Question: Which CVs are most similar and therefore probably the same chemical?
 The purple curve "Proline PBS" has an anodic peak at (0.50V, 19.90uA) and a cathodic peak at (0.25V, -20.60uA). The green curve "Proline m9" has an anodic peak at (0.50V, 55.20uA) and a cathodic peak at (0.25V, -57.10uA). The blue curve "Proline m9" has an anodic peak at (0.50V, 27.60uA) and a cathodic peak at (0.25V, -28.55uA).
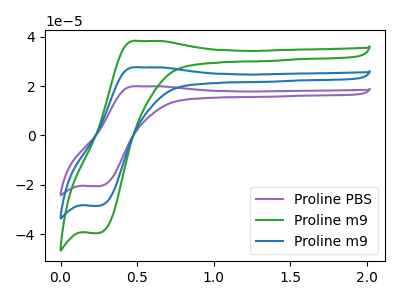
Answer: <think>All the peaks in "Proline PBS" have a peak in "Proline m9" at the same potential. Every peak in "Proline PBS" is lower than every peak in "Proline m9". All the peaks in "Proline PBS" have a peak in "Proline m9" at the same potential. Every peak in "Proline PBS" is lower than every peak in "Proline m9". All the peaks in "Proline m9" have a peak in "Proline m9" at the same potential. Every peak in "Proline m9" is higher than every peak in "Proline m9".
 </think>
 <answer>"Proline PBS", "Proline m9" and "Proline m9" have the same shape and are likely CV's of the same chemical.</answer>
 <eval>"Proline PBS" "Proline m9" "Proline m9"</eval>